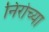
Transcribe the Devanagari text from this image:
निरोच्या